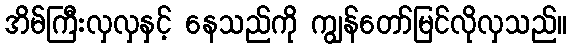
အိမ်ကြီးလှလှနှင့် နေသည်ကို ကျွန်တော်မြင်လိုလှသည်။